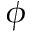
\phi